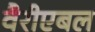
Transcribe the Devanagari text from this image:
वैरीएबल